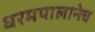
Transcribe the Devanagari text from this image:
धरमपालानेच